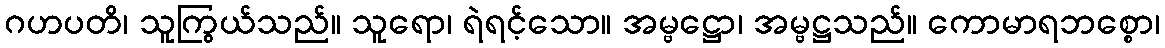
ဂဟပတိ၊ သူကြွယ်သည်။ သူရော၊ ရဲရင့်သော။ အမ္ဗဋ္ဌော၊ အမ္ဗဋ္ဌသည်။ ကောမာရဘစ္စော၊